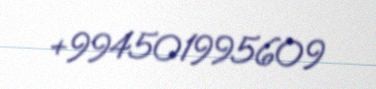
+994501995609